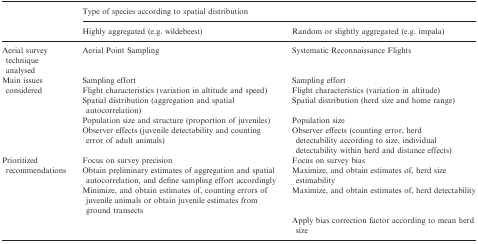
|  | <COLSPAN=2> Type of species according to spatial distribution |
 |  | Highly aggregated (e.g. wildebeest) | Random or slightly aggregated (e.g. impala) |
 | --- | --- | --- |
 | Aerial survey technique analysed | Aerial Point Sampling | Systematic Reconnaissance Flights |
 | <ROWSPAN=5> Main issues considered | Sampling effort | Sampling effort |
 | Flight characteristics (variation in altitude and speed) | Flight characteristics (variation in altitude) |
 | Spatial distribution (aggregation and spatial autocorrelation) | Spatial distribution (herd size and home range) |
 | Population size and structure (proportion of juveniles) | Population size |
 | Observer effects (juvenile detectability and counting error of adult animals) | Observer effects (counting error, herd detectability according to size, individual detectability within herd and distance effects) |
 | <ROWSPAN=4> Prioritized recommendations | Focus on survey precision | Focus on survey bias |
 | Obtain preliminary estimates of aggregation and spatial autocorrelation, and define sampling effort accordingly | Maximize, and obtain estimates of, herd size estimability |
 | Minimize, and obtain estimates of, counting errors of juvenile animals or obtain juvenile estimates from ground transects | Maximize, and obtain estimates of, herd detectability |
 |  | Apply bias correction factor according to mean herd size |